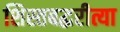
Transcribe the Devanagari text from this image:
शिस्तबद्धरीत्या